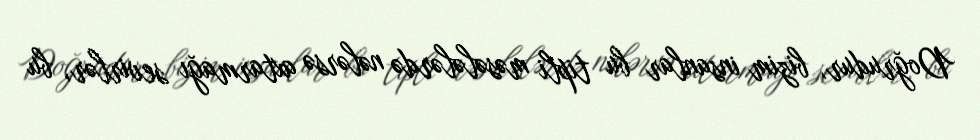
Doğrudur, bizim insanlar bu tipli məsələlərdə nələrsə axtarmağı sevirlər, bu